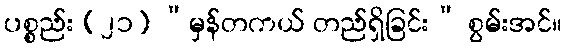
ပစ္စည်း (၂၁) “မှန်တကယ် တည်ရှိခြင်း” စွမ်းအင်။